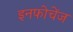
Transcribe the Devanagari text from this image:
इनफोचेंज